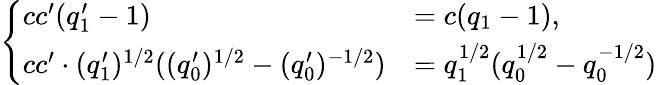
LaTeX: \begin{array}{r}{\left\{ \begin{array}{ll}{cc^{\prime}(q_{1}^{\prime}-1)}&{=c(q_{1}-1),}\\ {cc^{\prime}\cdot(q_{1}^{\prime})^{1/2}((q_{0}^{\prime})^{1/2}-(q_{0}^{\prime})^{-1/2})}&{=q_{1}^{1/2}(q_{0}^{1/2}-q_{0}^{-1/2})}\end{array}\right.}\end{array}